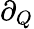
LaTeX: \partial_{Q}